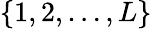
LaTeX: \{ 1,2,\ldots,L\}